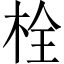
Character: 栓